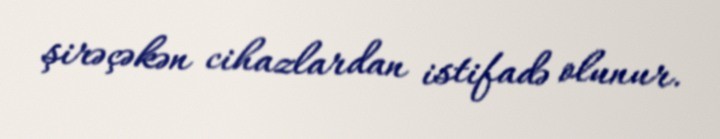
şirəçəkən cihazlardan istifadə olunur.